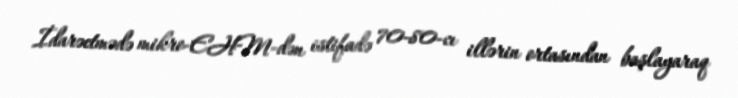
İdarəetmədə mikro-EHM-dən istifadə 70-80-cı illərin ortasından başlayaraq